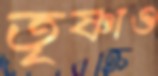
তৃষ্ণাও